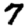
Digit: 7